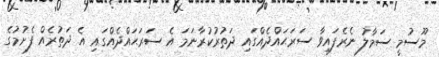
މޫސުމީ ސަމާލު ނެރެފައިވާ ސަރަޙައްދެއްގައި ދަތުރުކުރާނަމަ އެ ސަރަޙައްދެއްގައި އެ ދަތުރެއް ފެށުމުގެ